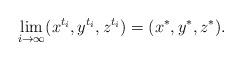
LaTeX: \begin{align*} \lim_{i\rightarrow \infty}(x^{t_i},y^{t_i},z^{t_i}) = (x^*,y^*,z^*). \end{align*}